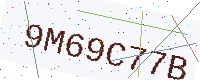
Text: 9M69C77B